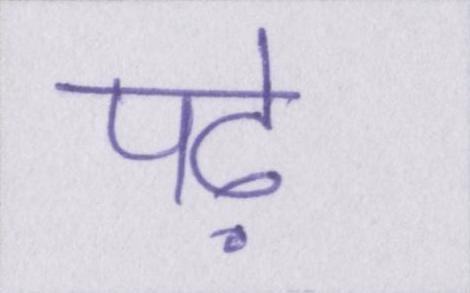
पढ़े